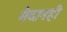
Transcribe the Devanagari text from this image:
मैदानही